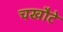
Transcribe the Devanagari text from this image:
चखौटे